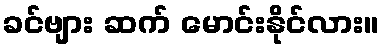
ခင်ဗျား ဆက် မောင်းနိုင်လား။